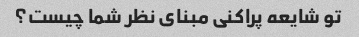
تو شایعه پراکنی مبنای نظر شما چیست؟